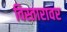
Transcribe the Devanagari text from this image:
विस्तारावर